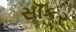
સૉકર